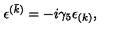
\epsilon ^ { ( \bar { k } ) } = - i \gamma _ { 5 } \epsilon _ { ( k ) } ,